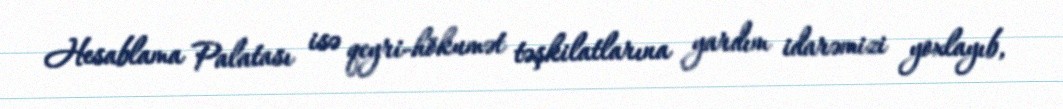
Hesablama Palatası isə qeyri-hökumət təşkilatlarına yardım idarəmizi yoxlayıb,